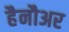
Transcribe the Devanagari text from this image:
हैनौअर